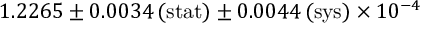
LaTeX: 1 . 2 2 6 5 \pm 0 . 0 0 3 4 \, ( \mathrm { s t a t } ) \pm 0 . 0 0 4 4 \, ( \mathrm { s y s } ) \times 1 0 ^ { - 4 }